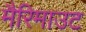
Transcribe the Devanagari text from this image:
मैरिमाउट